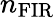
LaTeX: n_{\mathrm{FIR}}